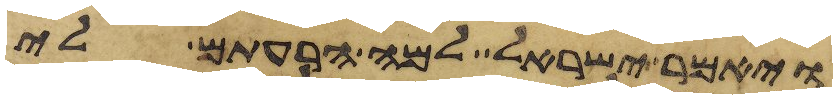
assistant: ויאמר ישראל למה הרעתם לי